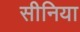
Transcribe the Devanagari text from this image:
सीनिया